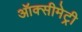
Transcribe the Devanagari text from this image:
ऑक्सीमेट्री